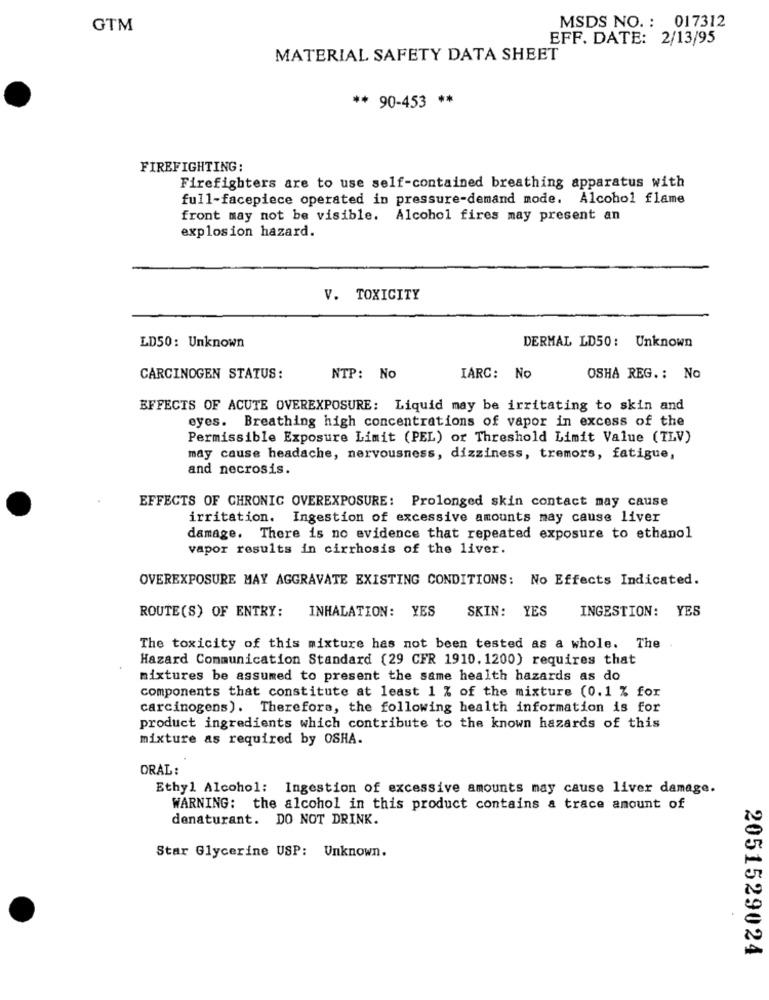
MSDS NO. : 017312
GTM
EFF. DATE: 2/13/95
MATERIAL SAFETY DATA SHEET
** 90-453 **
FIREFIGHTING:
Firefighters are to use self-contained breathing apparatus with
full-facepiece operated in pressure-demand mode. Alcohol flame
front may not be visible. Alcohol fires may present an
explosion hazard.
V. TOXICITY
LD50: Unknown
DERMAL LD50: Unknown
CARCINOGEN STATUS:
NTP: No
IARC: No
OSHA REG .: No
EFFECTS OF ACUTE OVEREXPOSURE: Liquid may be irritating to skin and
eyes. Breathing high concentrations of vapor in excess of the
Permissible Exposure Limit (PEL) or Threshold Limit Value (TLV)
may cause headache, nervousness, dizziness, tremors, fatigue,
and necrosis.
EFFECTS OF CHRONIC OVEREXPOSURE: Prolonged skin contact may cause
irritation. Ingestion of excessive amounts may cause liver
damage. There is no evidence that repeated exposure to ethanol
vapor results in cirrhosis of the liver.
OVEREXPOSURE MAY AGGRAVATE EXISTING CONDITIONS: No Effects Indicated.
SKIN: YES
INGESTION: YES
ROUTE(S) OF ENTRY: INHALATION: YES
The toxicity of this mixture has not been tested as a whole. The
Hazard Communication Standard (29 CFR 1910. 1200) requires that
mixtures be assumed to present the same health hazards as do
components that constitute at least 1 % of the mixture (0.1 % for
carcinogens). Therefore, the following health information is for
product ingredients which contribute to the known hazards of this
mixture as required by OSHA.
ORAL:
Ethyl Alcohol: Ingestion of excessive amounts may cause liver damage.
WARNING: the alcohol in this product contains a trace amount of
denaturant. DO NOT DRINK.
Star Glycerine USP: Unknown.
2051529024